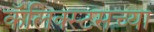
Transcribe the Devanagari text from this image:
कॅलिक्स्टसच्या